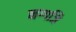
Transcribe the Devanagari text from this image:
नग्गजि